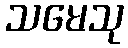
သမေသု